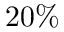
2 0 \%